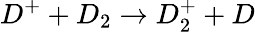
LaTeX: D^{+}+D_{2}\rightarrow D_{2}^{+}+D